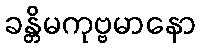
ခန္တိမကုဗ္ဗမာနော